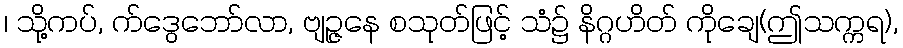
၊ သို့ကပ်, က်ဒွေဘော်လာ, ဗျဉ္ဇနေ စသုတ်ဖြင့် သံ၌ နိဂ္ဂဟိတ် ကိုချေ(ဤသက္ကရ),